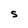
Character: S